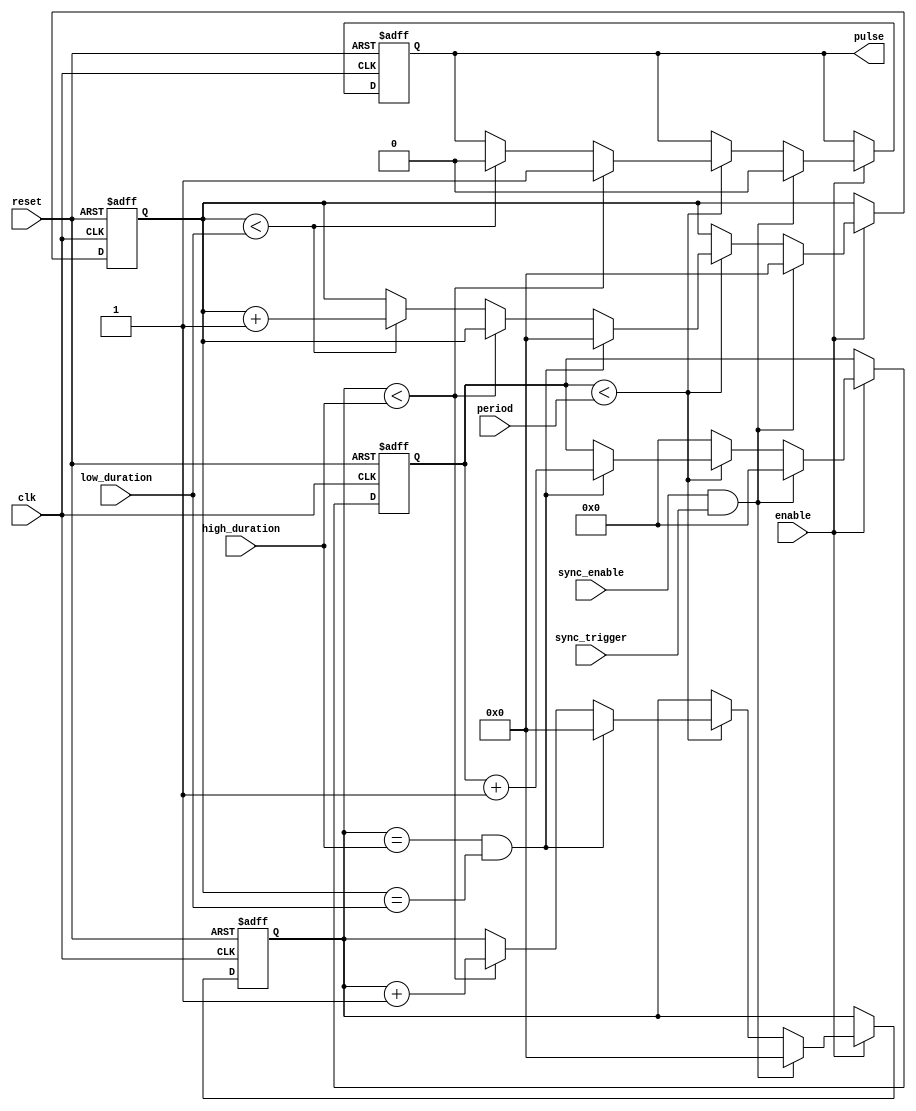
module duty_cycle_pulse_generator (
    input wire clk, // input clock signal
    input wire reset, // synchronous reset signal
    input wire enable, // enable signal to control pulse generation
    input wire [7:0] high_duration, // duration of high pulse
    input wire [7:0] low_duration, // duration of low pulse
    input wire [15:0] period, // overall period of pulse
    input wire sync_enable, // enable synchronization feature
    input wire sync_trigger, // trigger signal for synchronization
    output reg pulse // output pulse signal
);

reg [15:0] counter; // counter to keep track of pulse period
reg [7:0] high_count; // counter to keep track of high pulse duration
reg [7:0] low_count; // counter to keep track of low pulse duration

always @(posedge clk or posedge reset) begin
    if (reset) begin
        counter <= 0;
        high_count <= 0;
        low_count <= 0;
        pulse <= 0;
    end else if (enable) begin
        if (sync_enable && sync_trigger) begin
            counter <= 0;
            high_count <= 0;
            low_count <= 0;
            pulse <= 0;
        end else begin
            if (counter < period) begin
                if (high_count < high_duration) begin
                    pulse <= 1;
                    high_count <= high_count + 1;
                end else if (low_count < low_duration) begin
                    pulse <= 0;
                    low_count <= low_count + 1;
                end
                if (high_count == high_duration && low_count == low_duration) begin
                    counter <= counter + 1;
                    high_count <= 0;
                    low_count <= 0;
                end
            end else begin
                counter <= 0;
            end
        end
    end
end

endmodule